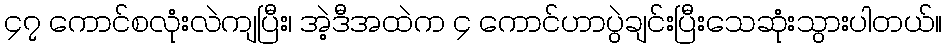
၄၇ ကောင်စလုံးလဲကျပြီး၊ အဲ့ဒီအထဲက ၄ ကောင်ဟာပွဲချင်းပြီးသေဆုံးသွားပါတယ်။